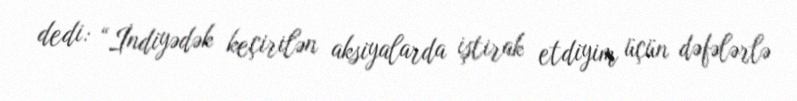
dedi: “İndiyədək keçirilən aksiyalarda iştirak etdiyim üçün dəfələrlə